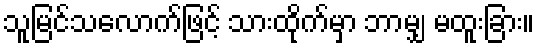
သူမြင်သလောက်ဖြင့် သားထိုက်မှာ ဘာမျှ မထူးခြား။